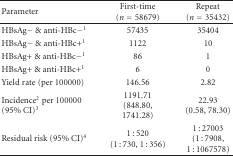
| Parameter | First-time (n = 58679) | Repeat (n = 35432) |
 | --- | --- | --- |
 | HBsAg− & anti-HBc−1 | 57435 | 35404 |
 | HBsAg− & anti-HBc+1 | 1122 | 10 |
 | HBsAg+ & anti-HBc−1 | 86 | 1 |
 | HBsAg+ & anti-HBc+1 | 6 | 0 |
 | Yield rate (per 100000) | 146.56 | 2.82 |
 | Incidence2 per 100000 (95% CI)3 | 1191.71 (848.80, 1741.28) | 22.93 (0.58, 78.30) |
 | Residual risk (95% CI)4 | 1 : 520 (1 : 730, 1 : 356) | 1 : 27003 (1 : 7908, 1 : 1067578) |